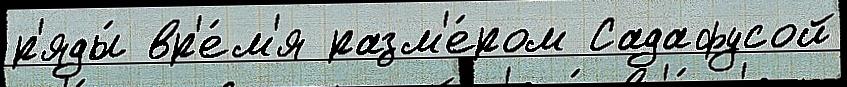
р'яды́ вр'е́м'я разм'е́ром Садафусой